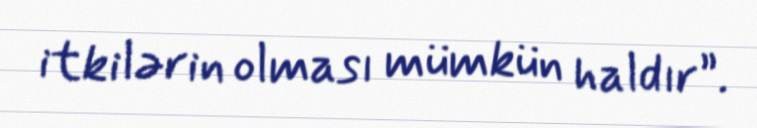
itkilərin olması mümkün haldır”.